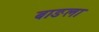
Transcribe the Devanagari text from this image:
बाङला